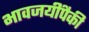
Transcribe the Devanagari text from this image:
भावजयींपैकी